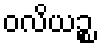
ဝလိယဉ္စ